Calcutta medical institutions reports 1892-1900
Year: 1892
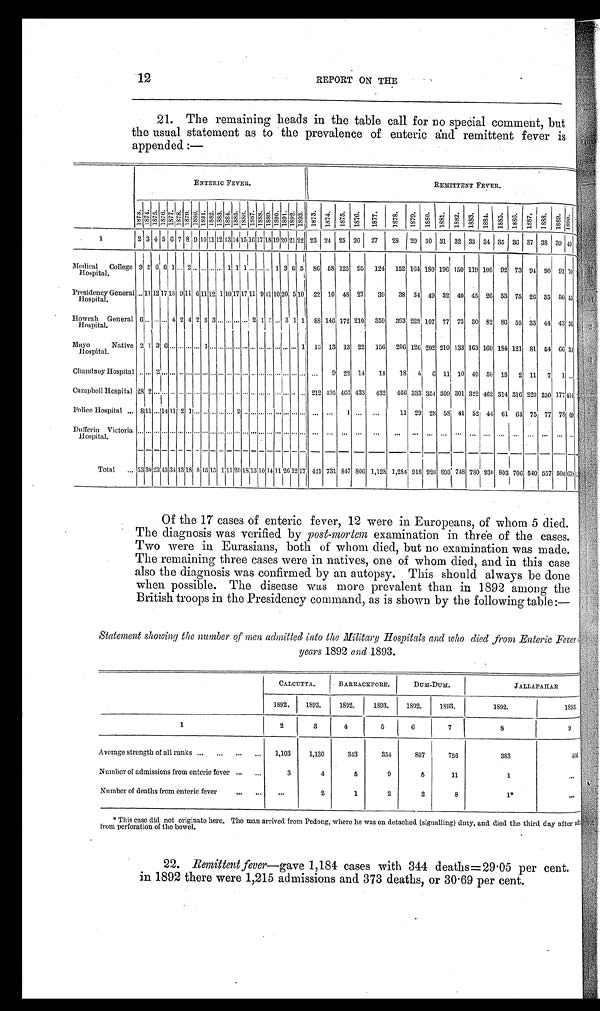
12
REPORT ON THE
21. The remaining heads in the table call for no special comment, but
the usual statement as to the prevalence of enteric and remittent fever is
appended :—
ENTERIC FEVER.
REMITTENT FEVER.
1 8 7 3 . 1 8 7 4 . 1 8 7 5 . 1 8 7 6 .
1877.
1878.
1 8 7 9 .
1880.
1 8 8 1 .
1 8 8 2 . 1883. 1 8 8 4 . 1885.
1 8 8 6 .
1887. 1888. 1 8 8 9 . 1 8 9 0 . 1 8 9 1 . 1 8 9 2 . 1893. 1 8 7 3 . 1874. 1875. 1876.
1 8 7 7 . 1878. 1879. 1880. 1881. 1 8 8 2 . 1883. 1 8 8 4 . 1885. 1 8 8 6 . 1887. 1 8 8 8 . 1889. 1890.
1
2 3 4 5 6 7 8 9 10 11 12 13 14 15,16 17 18 19 20 21 22 23 24 25 26 27 28 29 30 31 32 33 34 35 36 37 38 39 40
Medical College
Hospital.
9 5 6 6 1 ... 2
... ... ... ...
1 1 1 ... . . .
...
1 3 6 5 86 58 125 95 124 152 164 180 196 150 119 106 92 73 94 90 91 70
Presidency General
Hospital.
... 11 12 17 18 9 11 6
11
12 1 10 17 17 11 9 11 10 20 5 10 22 10 48 27 39 38 34 49 32 40 45 26 53 75 26 35 50 55
Howrah General
Hospital.
6
... ... ...
4 2 4 2 3 3
... ... ... ...
2 1 3... 3 1
1 8 8 146 172 210 359 393 228 107 77 73 30 82 8 6 55 33 44 43 36
Mayo Native
Hospital.
2 1 3 6 . . . . . . . . . . . . 1 . . . . . . . . . . . . ... ... ... ... ... ... ... 1 13 13 13 22 156 206 126 202 210 133 163 160 184 121 81 54 66 34
Chandney Hospital ... . . . 2 ... . . . . . . ... . . . ... . . . . . . ... ... ... . . . . . . ... ... ... ... ... ... 9 22 14 18 18 4 6 11 10 49 50 13 2 11 7 1 . . .
Campbell Hospital 28 2 . . .
... ... . . . ... ... ... ... ... ... ... ... . . . . . . . . . . . .
... . . . ... 212 495 466 433 432 466 333 354 309 301 322 462 314 316 220 250 177 414
Police Hospital ... 8 11 ... 14 11 2 1 ... . . . . . . ... ...
...
. . . ... ... ...
... ...
... ... ... ... 1
... ...
11 29 28 58 41 52 44 61 64 75 77 7 8 69
D u f f e r i n V i c t o r i a
Hospital.
... ... ... ... ... ... ... ... ... ... ... ... ... ... ... ... ... ... ... ... ... ... ...
... ... ... ... ... ... ... . . . ... . . . ...
...
. . . . . . ...
...
Total
...
53 30 23 43 34 13 18 8 15 15 1 11 20 18 13 10 14 11 26 12 17 421 731 847 806 1,128 1,284 918 926 893 748 780 930 803 706 540 557 506 678
Of the 17 cases of enteric fever, 12 were in Europeans, of whom 5 died.
The diagnosis was verified by post-mortem examination in three of the cases.
Two were in Eurasians, both of whom died, but no examination was made.
The remaining three cases were in natives, one of whom died, and in this case
also the diagnosis was confirmed by an autopsy. This should always be done
when possible. The disease was more prevalent than in 1892 among the
British troops in the Presidency command, as is shown by the following table:—
Statement showing the number of men admitted into the Military Hospitals and who died from Enteric Fever
years 1892 and 1893.
CALCUTTA.
BARRACKPORE.
DUM -DUM.
JALLAPAHAR
1892.
1893.
1892.
1893.
1892.
1893.
1892.
1893.
1
2
3
4
5
6
7
8
9
Average strength of all ranks ...
...
... ...
1,103
1,130
343
354
807
756
383
406
Number of admissions from enteric fever ...
...
3
4
5
9
5
11
1
...
Number of deaths from enteric fever
...
. . .
. . .
2
1
2
2
8
1*
...
* This case did not originate here. The man arrived from Pedong, where he was on detached (signalling) duty, and died the third day after ad:
from perforation of the bowel.
22. Remittent fever—gave 1,184 cases with 344 deaths = 29.05 per cent.
in 1892 there were 1,215 admissions and 373 deaths, or 30 . 69 per cent.